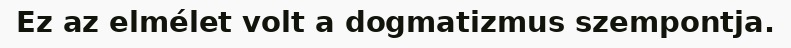
Ez az elmélet volt a dogmatizmus szempontja.